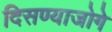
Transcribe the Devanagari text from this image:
दिसण्याजोगे